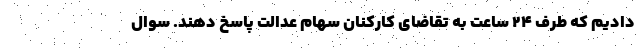
دادیم که طرف ۲۴ ساعت به تقاضای کارکنان سهام عدالت پاسخ دهند. سوال